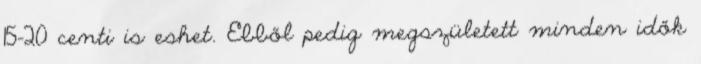
15-20 centi is eshet. Ebből pedig megszületett minden idők